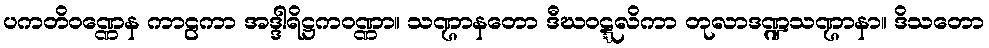
ပကတိဝဏ္ဏေန ကာဠကာ အဒ္ဒါရိဋ္ဌကဝဏ္ဏာ။ သဏ္ဌာနတော ဒီဃဝဋ္ဋလိကာ တုလာဒဏ္ဍသဏ္ဌာနာ။ ဒိသတော